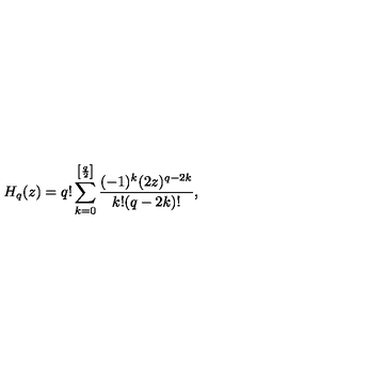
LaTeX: H _ { q } ( z ) = q ! \sum _ { k = 0 } ^ { \left[ \frac q 2 \right] } \frac { ( - 1 ) ^ { k } ( 2 z ) ^ { q - 2 k } } { k ! ( q - 2 k ) ! } ,